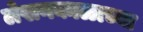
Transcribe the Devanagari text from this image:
लेखनकाळाच्या